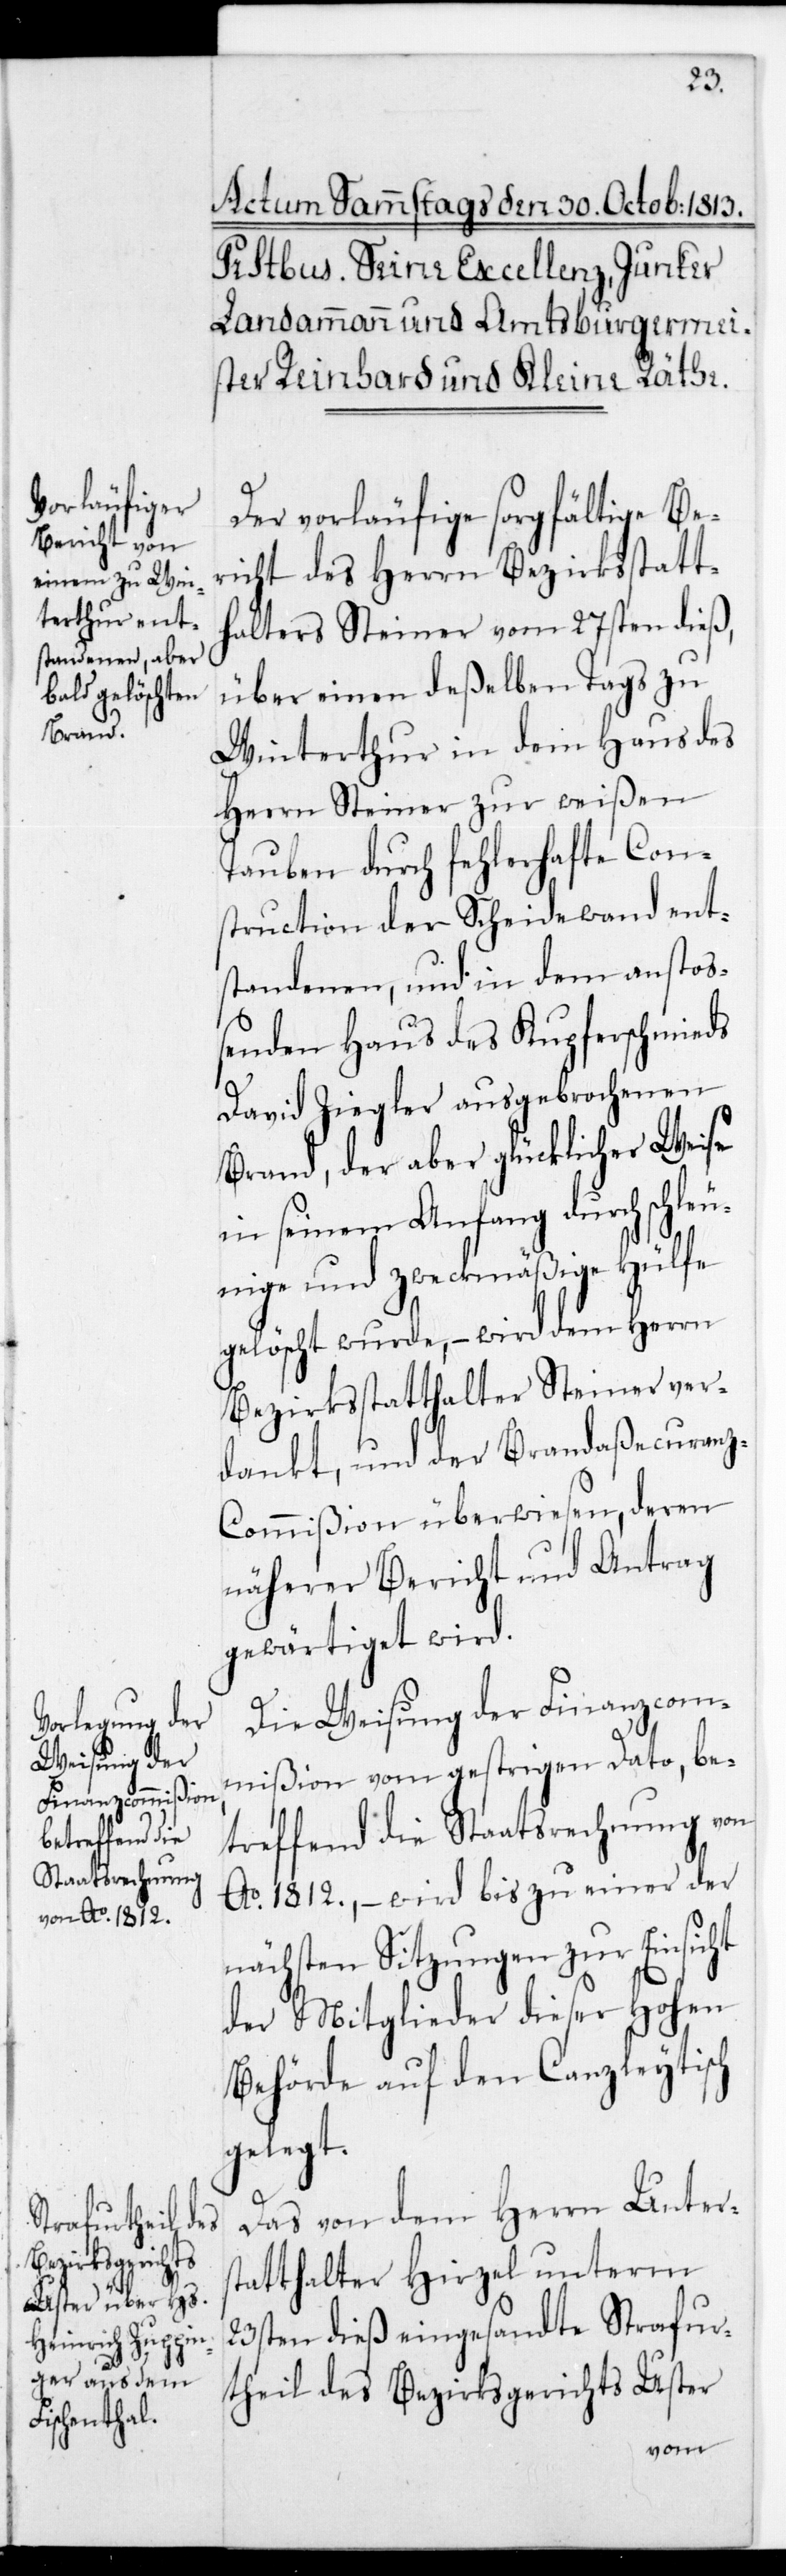
Der vorläufige sorgfältige Be¬
richt des Herrn Bezirksstatt¬
halters Steiner vom 27sten dieß,
über einen deßelben Tags zu
Winterthur in dem Haus des
Herrn Steiner zur Weißen
Tauben durch fehlerhafte Con¬
struction der Scheidewand ent¬
standenen, und in dem anstoß¬
enden Haus des Kupferschmieds
David Ziegler ausgebrochenen
Brand, der aber glücklicherweise
in seinem Anfang durch schle¬
unige und zweckmäßige Hülfe
gelöscht wurde, – wird dem Herrn
Bezirksstatthalter Steiner ver¬
dankt, und der Brandaßecuran¬
z-Commißion überwiesen, deren
näherer Bericht und Antrag
gewärtiget wird.
Die Weisung der Finanzcom¬
mißion vom gestrigen Dato, be¬
treffend die Staatsrechnung von
Ao 1812., – wird bis zu einer der
nächsten Sitzungen zur Einsicht
der Mitglieder dieser Hohen
Behörde auf den Canzleytisch
gelegt.
Das von dem Herrn Unters¬
tatthalter Hirzel unterm
23sten dieß eingesandte Strafur¬
theil des Bezirksgerichts Uster